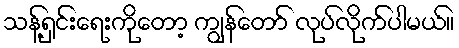
သန့်ရှင်းရေးကိုတော့ ကျွန်တော် လုပ်လိုက်ပါမယ်။